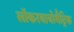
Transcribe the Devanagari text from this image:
लॉकरबायोमैट्रिक